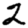
Digit: 2